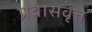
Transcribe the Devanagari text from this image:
प्रवासवृत्ते